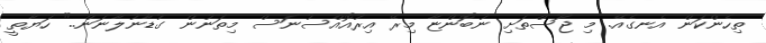
ތިހެންކަން އެނގެއޭ. މި ޖޫސްތަށި ނުބޮންޏާ މިރޭ އިރުއޮއްސުނަސް މިތަނުން ގުޑާނުލާނަން.." ހަޔާތީ